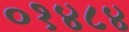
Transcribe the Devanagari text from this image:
०१४८४